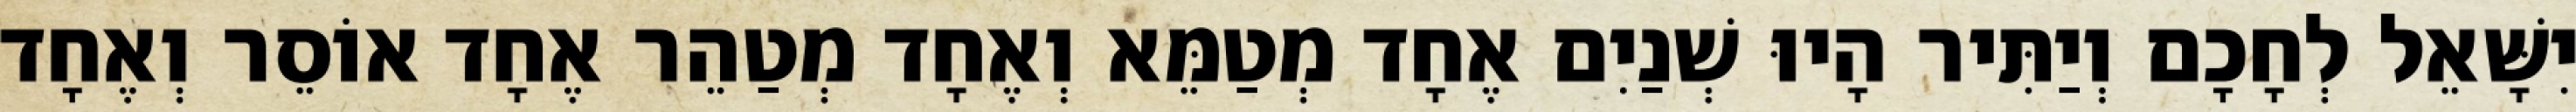
יִשָּׁאֵל לְחָכָם וְיַתִּיר הָיוּ שְׁנַיִם אֶחָד מְטַמֵּא וְאֶחָד מְטַהֵר אֶחָד אוֹסֵר וְאֶחָד